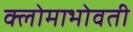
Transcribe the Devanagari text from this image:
क्लोमाभोवती